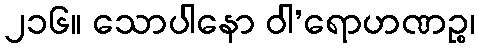
၂၁၆။ သောပါနော ဝါ’ရောဟဏဉ္စ၊